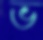
ভ